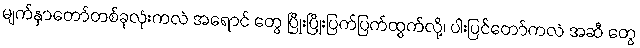
မျက်နှာတော်တစ်ခုလုံးကလဲ အရောင် တွေ ပြိုးပြိုးပြက်ပြက်ထွက်လို့၊ ပါးပြင်တော်ကလဲ အဆီ တွေ